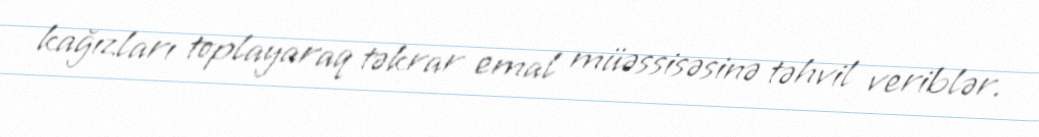
kağızları toplayaraq təkrar emal müəssisəsinə təhvil veriblər.